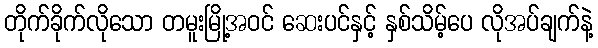
တိုက်ခိုက်လိုသော တမူးမြို့အဝင် ဆေးပင်နှင့် နှစ်သိမ့်ပေ လိုအပ်ချက်နဲ့